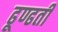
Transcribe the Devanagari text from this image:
ढूण्ढती